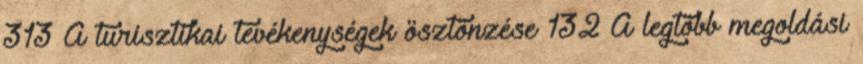
313 A turisztikai tevékenységek ösztönzése 132 A legtöbb megoldási